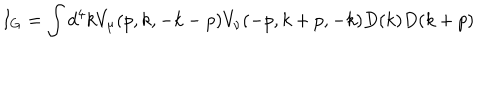
LaTeX: I _ { G } = \int d ^ { 4 } k V _ { \mu } ( p , k , - k - p ) V _ { \nu } ( - p , k + p , - k ) D ( k ) D ( k + p )